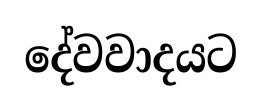
දේවවාදයට